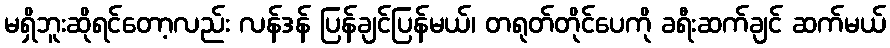
မရှိဘူးဆိုရင်တော့လည်း လန်ဒန် ပြန်ချင်ပြန်မယ်၊ တရုတ်တိုင်ပေကို ခရီးဆက်ချင် ဆက်မယ်